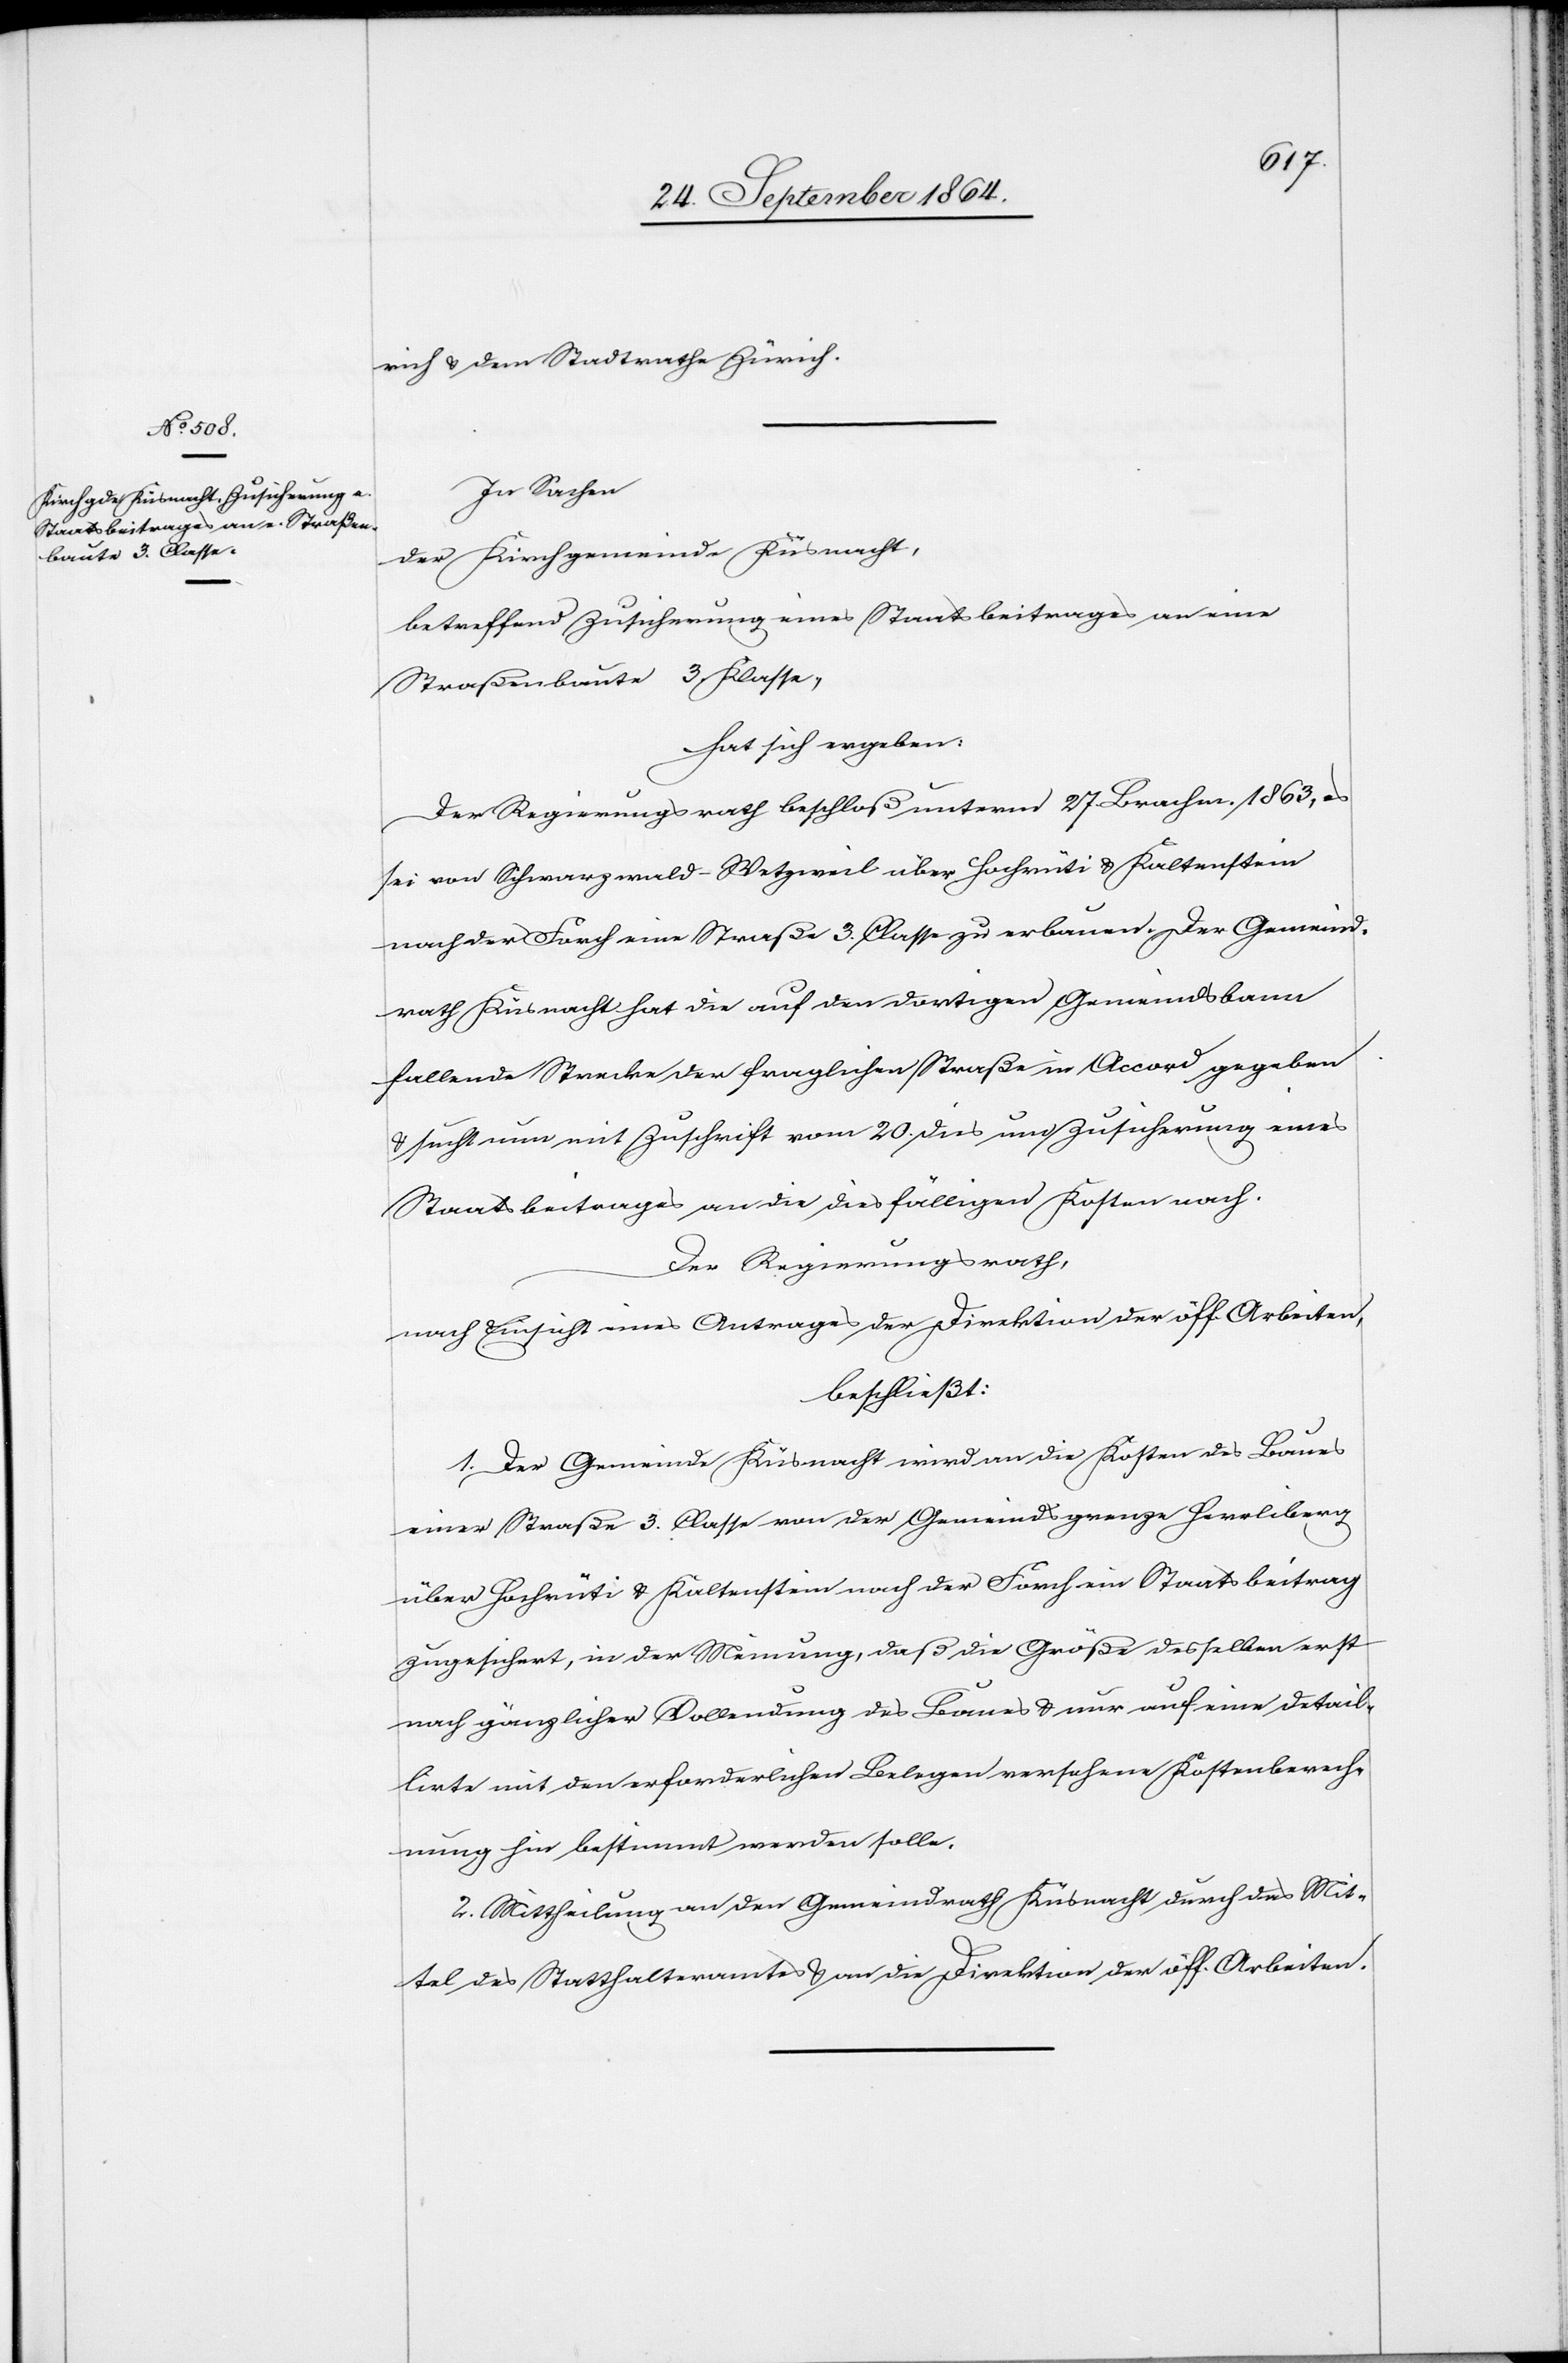
rich & dem Stadtrathe Zürich.
In Sachen
der Kirchgemeinde Küsnacht,
betreffend Zusicherung eines Staatsbeitrages an eine
Straßenbaute 3. Klasse,
hat sich ergeben:
Der Regierungsrath beschloß unterm 27. Brachm. 1863, es
sei von Schwarzwald-Wetzweil über Hochrüti & Kaltenstein
nach der Forch eine Straße 3. Classe zu erbauen. Der Gemeind¬
rath Küsnacht hat die auf den dortigen Gemeindsbann
fallende Strecke der fraglichen Straße in Accord gegeben
& sucht nun mit Zuschrift vom 20. dies um Zusicherung eines
Staatsbeitrages an die diesfälligen Kosten nach.
Der Regierungsrath,
nach Einsicht eines Antrages der Direktion der öff. Arbeiten,
beschließt:
1. Der Gemeinde Küsnacht wird an die Kosten des Baues
einer Straße 3. Classe von der Gemeindsgrenze Herrliberg
über Hochrüti & Kaltenstein nach der Forch ein Staatsbeitrag
zugesichert, in der Meinung, daß die Größe desselben erst
nach gänzlicher Vollendung des Baues & nur auf eine detail¬
lirte mit den erforderlichen Belegen versehene Kostenberech¬
nung hin bestimmt werden solle.
2. Mittheilung an den Gemeindrath Küsnacht durch das Mit¬
tel des Statthalteramtes & an die Direktion der öff. Arbeiten.